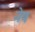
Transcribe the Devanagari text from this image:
नेय